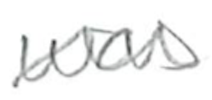
Text: were
Cross-out: wave
Writing tool: pencil